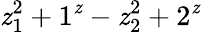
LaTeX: \mathit{z}_{1}^{2}+1^{\mathit{z}}-\mathit{z}_{2}^{2}+2^{\mathit{z}}